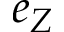
e _ { Z }